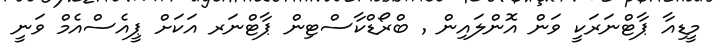
މީޑިއާ ޕާޓްނަރަކީ ވަން އޮންލައިން